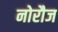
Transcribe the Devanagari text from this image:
नोरौज